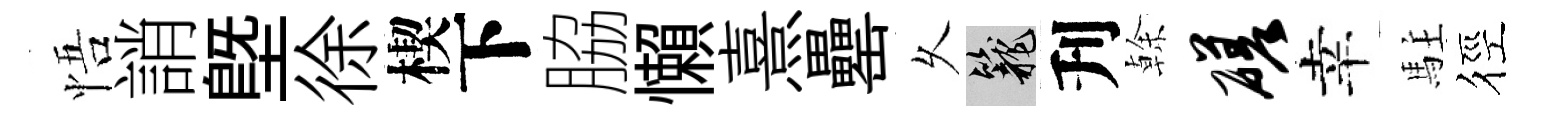
悟誚塈徐楔下脇懶熹罍乆籠刋𠏉磋幸駐徑